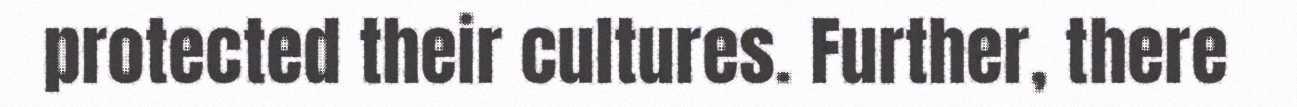
protected their cultures. Further, there